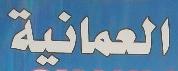
لعمانية